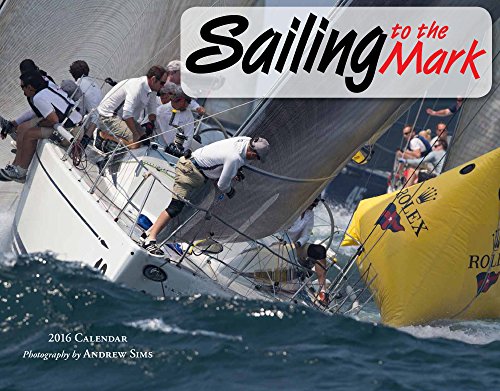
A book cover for Sailing to the Mark 2016 Calendar 11x14; Andrew Sims; Calendars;